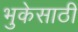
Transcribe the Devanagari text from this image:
भुकेसाठी